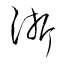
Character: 浙